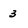
Character: 3